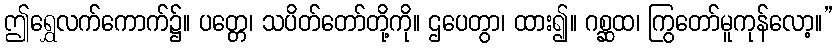
ဤရွှေလက်ကောက်၌။ ပတ္တေ၊ သပိတ်တော်တို့ကို။ ဌပေတွာ၊ ထား၍။ ဂစ္ဆထ၊ ကြွတော်မူကုန်လော့။”